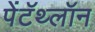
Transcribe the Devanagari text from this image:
पेंटॅथ्लॉन